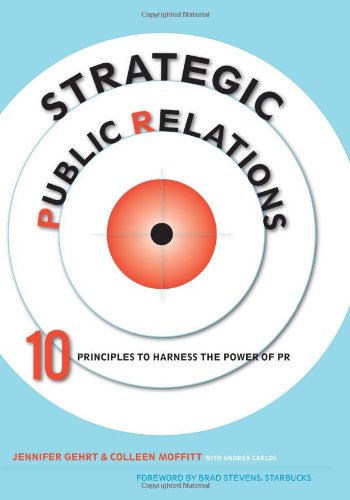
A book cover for Strategic Public Relations: 10 Principles to Harness the Power of PR; Jennifer Gehrt; Business & Money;